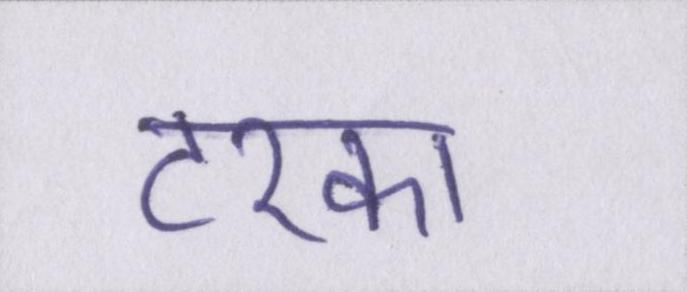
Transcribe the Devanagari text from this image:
टरका